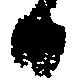
日